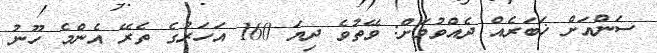
ސަންއަށް ޚަބަރެއް ދެއްވުމަށް: ވޭތުވެ ދިޔަ 160 އަހަރުގެ ތެރޭ އެންމެ ހޫނު